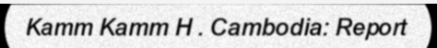
Kamm Kamm H . Cambodia: Report